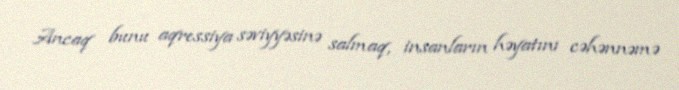
Ancaq bunu aqressiya səviyyəsinə salmaq, insanların həyatını cəhənnəmə